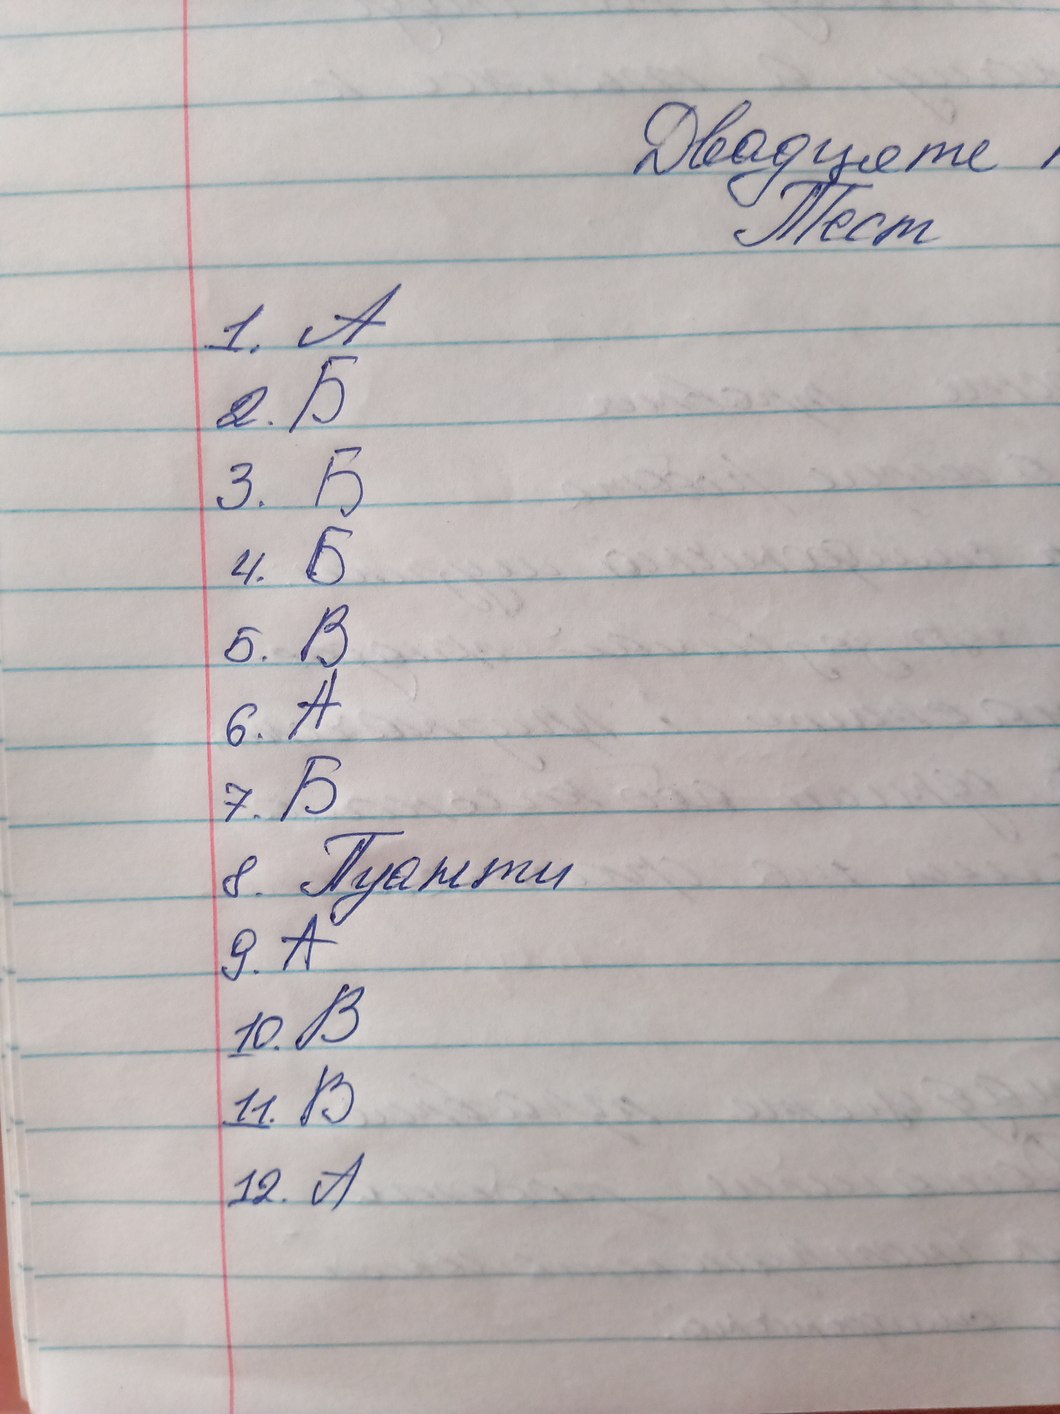
Двадцате
Тест
1. A
2.Б
3. Б
4. Б
5. B
6. А
7. Б
8. Пуанти
9. A
10. B
11. B
12. A